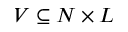
V \subseteq N \times L